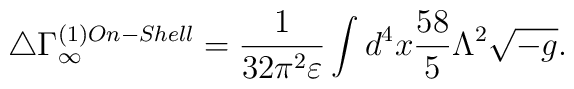
\triangle \Gamma^{(1) On-Shell}_{\infty} =\frac{1}{32 \pi^2 \varepsilon}\int d^4x \frac{58}{5} \Lambda^2 \sqrt{-g}.